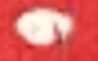
و